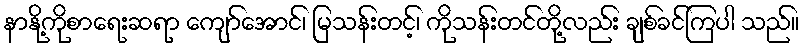
နာနို့ကိုစာရေးဆရာ ကျော်အောင်၊ မြသန်းတင့်၊ ကိုသန်းတင်တို့လည်း ချစ်ခင်ကြပါ သည်။